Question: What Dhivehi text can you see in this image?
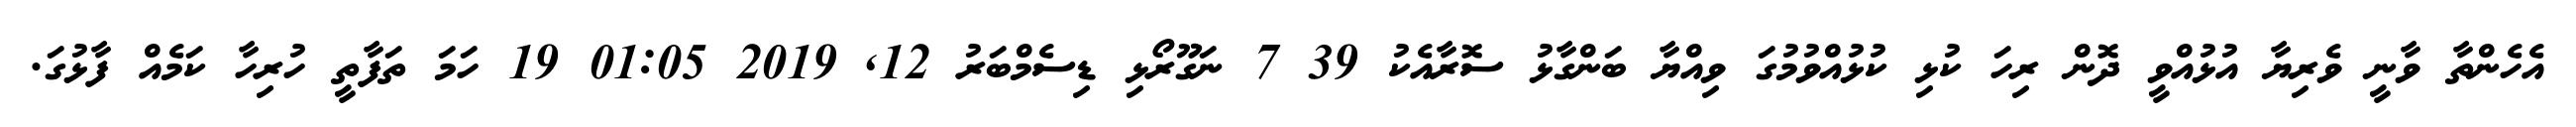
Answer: އެހެންތާ ވާނީ ވެރިޔާ އުޅުއްވީ ދޮން ރިހަ ކުޅި ކުޅުއްވުމުގަ ވިއްޔާ ބަންގާޅު ސޮރާއެކު 39 7 ނަގޫރޯޅި ޑިސެމްބަރު 12, 2019 01:05 19 ހަމަ ތަފާތީ ހުރިހާ ކަމެއް ފާޅުގަ.